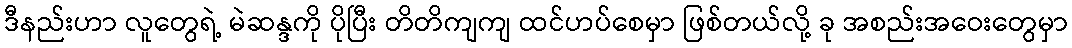
ဒီနည်းဟာ လူတွေရဲ့ မဲဆန္ဒကို ပိုပြီး တိတိကျကျ ထင်ဟပ်စေမှာ ဖြစ်တယ်လို့ ခု အစည်းအဝေးတွေမှာ